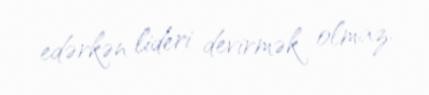
edərkən lideri devirmək olmaz.